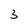
Character: 3